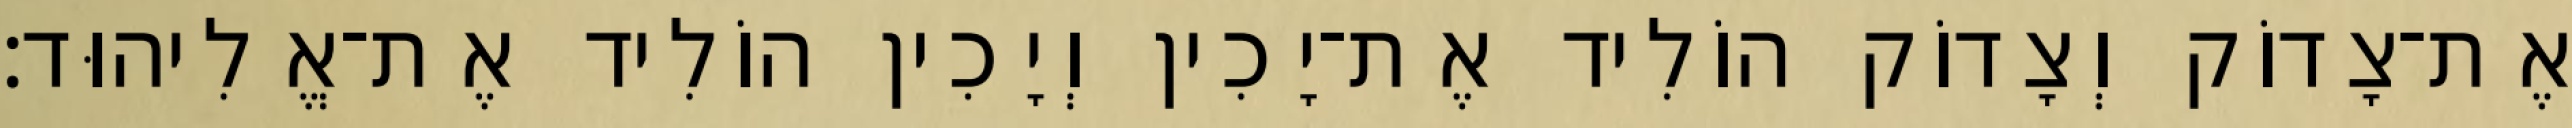
אֶת־צָדוֹק וְצָדוֹק הוֹלִיד אֶת־יָכִין וְיָכִין הוֹלִיד אֶת־אֱלִיהוּד׃